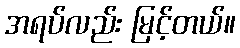
အရပ်လည်း မြင့်တယ်။